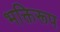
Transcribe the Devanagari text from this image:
भक्तिरूप